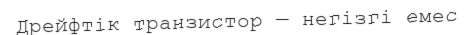
Дрейфтік транзистор — негізгі емес